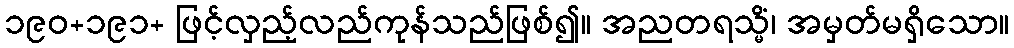
၁၉၀+၁၉၁+ ဖြင့်လှည့်လည်ကုန်သည်ဖြစ်၍။ အညတရသ္မိံ၊ အမှတ်မရှိသော။